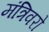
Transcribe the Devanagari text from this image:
मंत्रिवरो